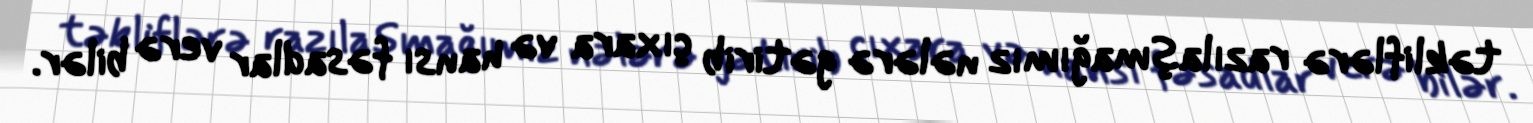
təkliflərə razılaşmağımız nələrə gətirib çıxara və hansı fəsadlar verə bilər.